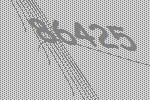
86425